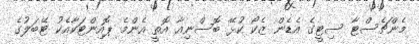
މެންޗެސްޓާ ސިޓީގެ އެޑެން ޒެކޯ ކުޅޭ ބޮސްނިއާ އޮތީ އެންމެ ޕޮއިންޓަކާއެކު ޓޭބަލުގެ